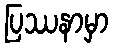
ပြဿနာမှာ